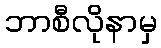
ဘာစီလိုနာမှ